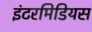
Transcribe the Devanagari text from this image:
इंटरमिडियस